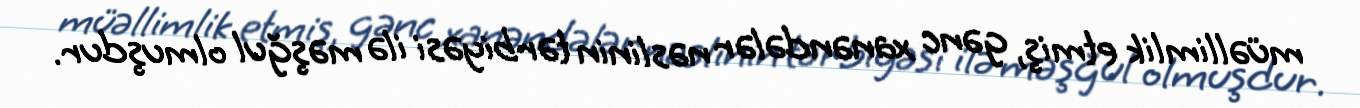
müəllimlik etmiş, gənc xanəndələr nəslinin tərbiyəsi ilə məşğul olmuşdur.